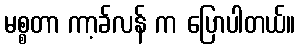
မစ္စတာ ကာ့ခ်လန် က ပြောပါတယ်။